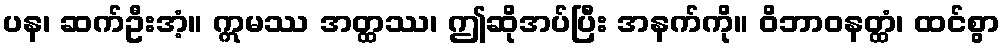
ပန၊ ဆက်ဦးအံ့။ ဣမဿ အတ္ထဿ၊ ဤဆိုအပ်ပြီး အနက်ကို။ ဝိဘာဝနတ္ထံ၊ ထင်စွာ